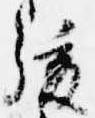
後